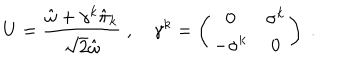
U = { \frac { \hat { \omega } + \gamma ^ { k } \hat { \pi } _ { k } } { \sqrt 2 \hat { \omega } } } \; , \quad \gamma ^ { k } = \left( \begin{array} { c c } { { 0 } } & { { \sigma ^ { k } } } \\ { { - \sigma ^ { k } } } & { { 0 } } \\ \end{array} \right) \; .